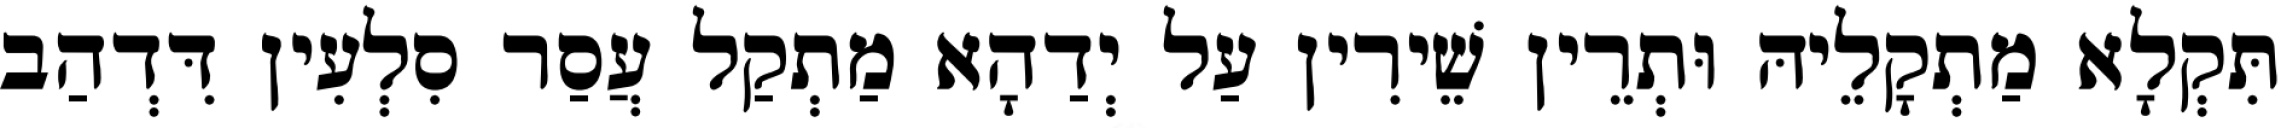
תִּקְלָא מַתְקָלֵיהּ וּתְרֵין שֵׁירִין עַל יְדַהָא מַתְקַל עֲסַר סִלְעִין דִּדְהַב